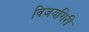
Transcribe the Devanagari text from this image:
विजयगिरी